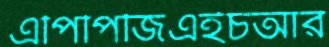
এপিপিজিএইচআর